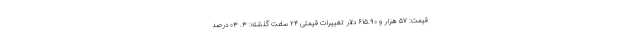
قیمت: ۵۷ هزار و ۶۱۵.۹۰ دلار تغییرات قیمتی ۲۴ ساعت گذشته: ۳. ۰۳ درصد